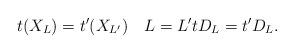
LaTeX: \begin{align*}t(X_{L})= t'(X_{L'})\quad L=L'tD_L= t'D_{L}.\end{align*}